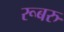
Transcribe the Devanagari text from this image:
रूबरु